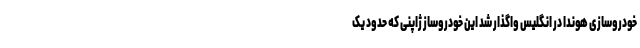
خودروسازی هوندا در انگلیس واگذار شد این خودروساز ژاپنی که حدود یک